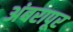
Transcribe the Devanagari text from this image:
अंबरापूर